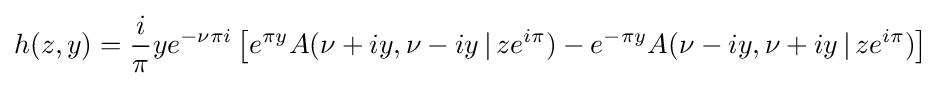
h(z,y)={\frac {i}{\pi }}ye^{-\nu \pi i}\left[e^{\pi y}A(\nu +iy,\nu -iy\,|\,ze^{i\pi })-e^{-\pi y}A(\nu -iy,\nu +iy\,|\,ze^{i\pi })\right]